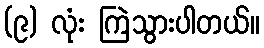
(၉) လုံး ကြဲသွားပါတယ်။